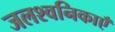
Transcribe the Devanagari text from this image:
जलश्वनिकाएँ